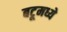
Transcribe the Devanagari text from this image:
बटूमध्ये